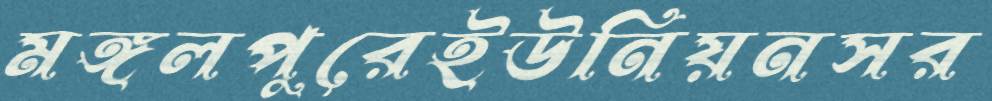
মঙ্গলপুরেইউনিয়নসর